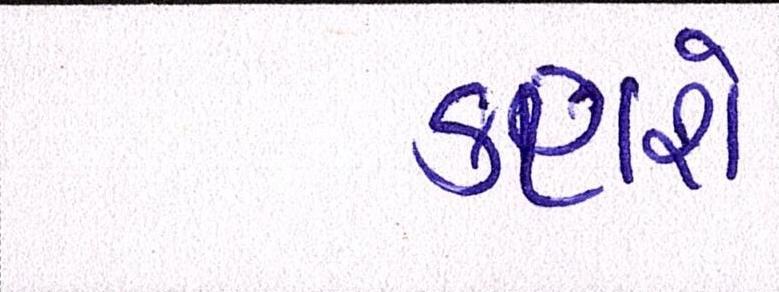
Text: કરાશે